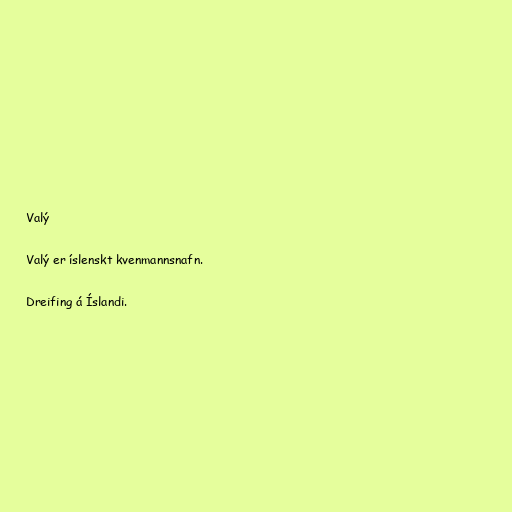
Valý

Valý er íslenskt kvenmannsnafn.

Dreifing á Íslandi.